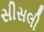
સીસલી